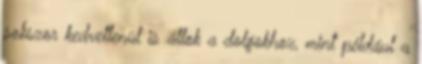
sokszor kedvetlenül is állok a dolgokhoz, mint például a